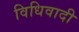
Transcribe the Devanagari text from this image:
विधिवादी